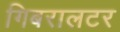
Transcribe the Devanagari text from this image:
गिबरालटर